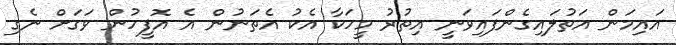
އައިމަން އަތުލައިގެންފައިވަނީ އިތުރު މީހަކާ އެކު އެތަނުން އެ އޮފީހުން ވަގަށް ނެގި